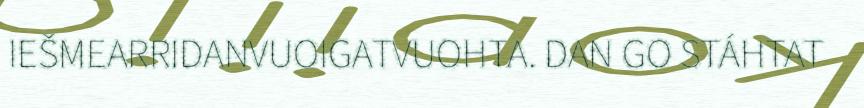
IEŠMEARRIDANVUOIGATVUOHTA. DAN GO STÁHTAT